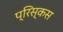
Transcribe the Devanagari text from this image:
प्रिस्कस